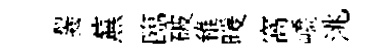
齧蕪臨破稚暖窩嶠洮